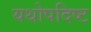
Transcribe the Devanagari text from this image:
यथोपदिष्ट